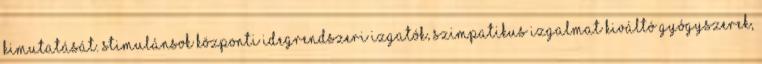
kimutatását. stimulánsok Központi idegrendszeri izgatók, szimpatikus izgalmat kiváltó gyógyszerek,